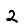
Digit: 2